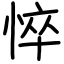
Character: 悴